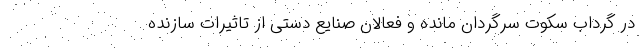
در گرداب سکوت سرگردان مانده و فعالان صنایع دستی از تاثیرات سازنده